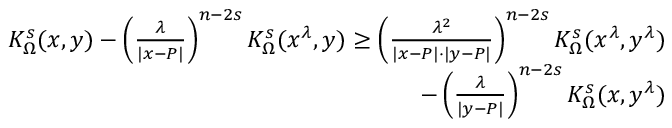
\begin{array} { r l r } & { } & { K _ { \Omega } ^ { s } ( x , y ) - \left( \frac { \lambda } { | x - P | } \right) ^ { n - 2 s } K _ { \Omega } ^ { s } ( x ^ { \lambda } , y ) \geq \left( \frac { \lambda ^ { 2 } } { | x - P | \cdot | y - P | } \right) ^ { n - 2 s } K _ { \Omega } ^ { s } ( x ^ { \lambda } , y ^ { \lambda } ) } \\ & { } & { \qquad \qquad \qquad \qquad \qquad \qquad \qquad \qquad \qquad - \left( \frac { \lambda } { | y - P | } \right) ^ { n - 2 s } K _ { \Omega } ^ { s } ( x , y ^ { \lambda } ) } \end{array}